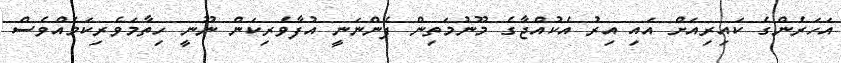
އަހަރެންގެ ކައިރިއަށް އައި އިރު އެކުއްޖާގެ މޫނުމަތިން ފެންނަނީ އުފާވެރިކަން ނޫނީ ހިތާމަވެރިކަމެއްވެސް